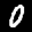
Label: 0